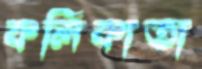
কলিকাতা